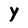
Character: Y